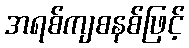
အရစ်ကျစနစ်ဖြင့်